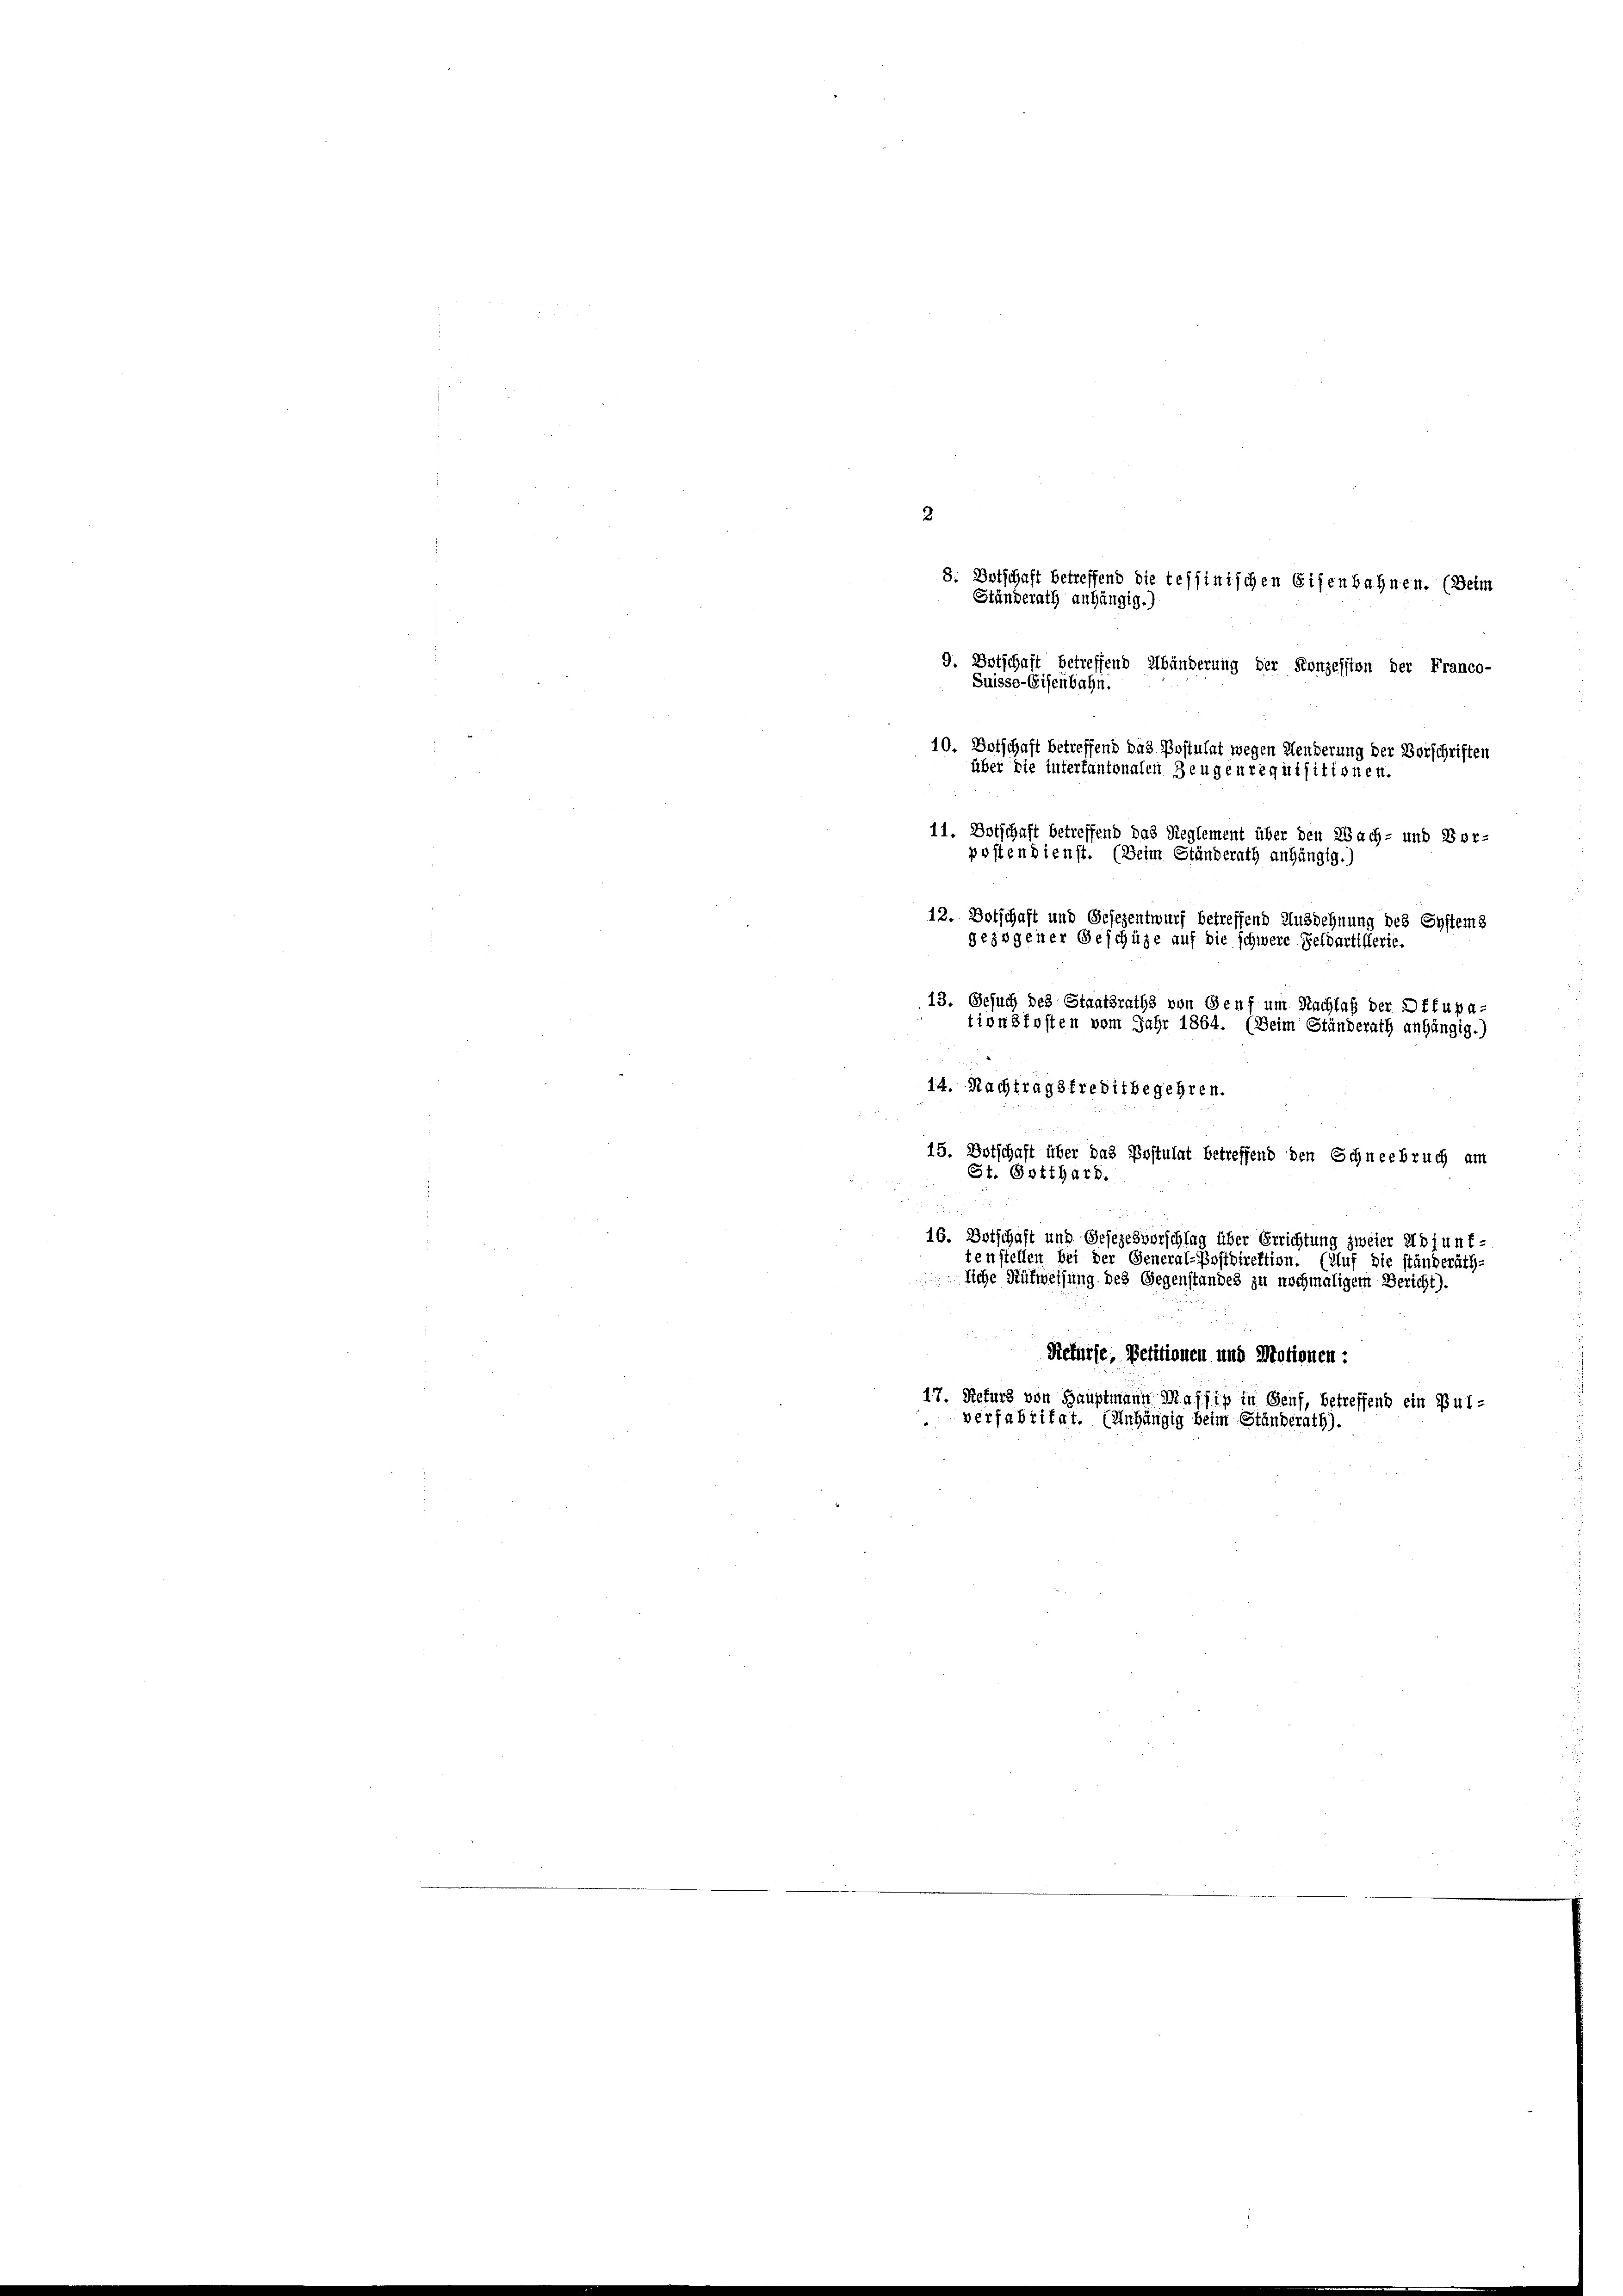
2.
8. Entschaft betreffend die tessinischen Eisenbahnen. (Beim
Ständerath auf
gig.)
9. Botschaft betreffend Abänderung der Konzession der Franco-
Suisse-Eisenbahn.
10. Botschaft betreffend das Postulat wegen Menderung der Vorschriften
über die intertantonalen Zeugenrequisitionen.
11. Dotschaft betreffend das Reglement über den Wach- und Borpostendienst. (Beim Ständerath anhängig.)
12. Dotschaft und Gesezentwurf betreffend Ausdehnung des Systems
gezogener Geschüte auf die schwere Feldartillerie.
13. Gesuch des Staatsraths von Genf um Nachlaß der Dttupa-
tionsfosten vom Jahr 1864. (Beim Ständerath anhängig.)
14. Nachtragsfreditbegehren.
15. Botschaft über das Postulat betreffend den Schneebruch am
St. Gotthard.
16. Botschaft und Gesezesvorschlag über Errichtung zweier Adjunf-
tenstellen bei der General-Postdirektion. (Auf die ständeräth-
liche Aufweisung des Gegenstandes zu nochmaligem Bericht).
Refürse, Petitionen und Motionen:
17. Refurz von Hauptmann Massig in Genf, betreffend ein Pulverfabritat. (Anhängig beim Ständerath).